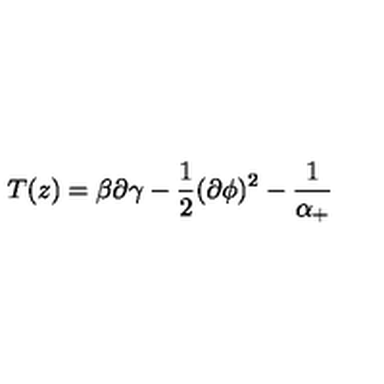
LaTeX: T ( z ) = \beta \partial \gamma - \frac 1 2 ( \partial \phi ) ^ { 2 } - \frac 1 { \alpha _ { + } }